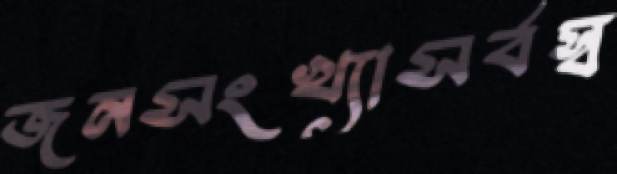
জনসংখ্যাসর্বস্ব